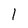
Character: 1